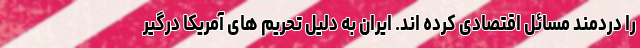
را دردمند مسائل اقتصادی کرده اند. ایران به دلیل تحریم های آمریکا درگیر